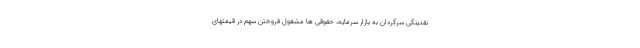
نقدینگی سرگردان به بازار سرمایه، حقوقی ها مشغول فروختن سهم در قیمتهای